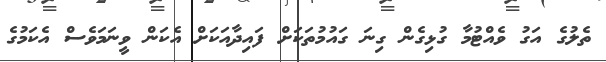
ތެލުގެ އަގު ވެއްޓުމާ ގުޅިގެން ގިނަ ގައުމުތަކަށް ފައިދާއަކަށް އެކަން ވީނަމަވެސް އެކަމުގެ